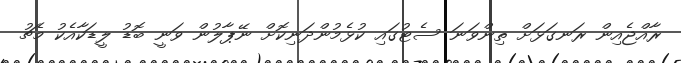
ރާއްޖެއިން ރަނގަޅަށް ތިންވަނަ ސެޓުގައި ކުޅެމުންދަނިކޮށް ނޭޕާލުން ވަނީ ބޮޑު ލީޑަކާއެކު މެޗު